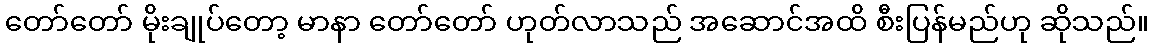
တော်တော် မိုးချုပ်တော့ မာနာ တော်တော် ဟုတ်လာသည် အဆောင်အထိ စီးပြန်မည်ဟု ဆိုသည်။